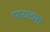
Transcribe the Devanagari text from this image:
पाटलास